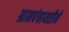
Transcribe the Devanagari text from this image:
ग्रामपंचायतीने